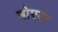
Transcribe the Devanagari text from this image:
बोएटा